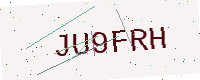
Text: JU9FRH